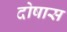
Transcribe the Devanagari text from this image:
दोषास